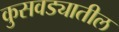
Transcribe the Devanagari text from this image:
कुसवड्यातील